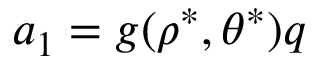
a _ { 1 } = g ( \rho ^ { \ast } , \theta ^ { \ast } ) q